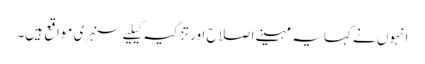
انہوں نے کہا یہ مہینے اصلاح اور تزکیہ کیلیے سنہری مواقع ہیں۔